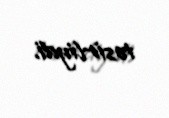
təsirliydi.